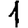
Digit: 1